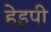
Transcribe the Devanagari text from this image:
हेइपी